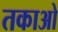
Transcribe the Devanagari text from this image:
तकाओ